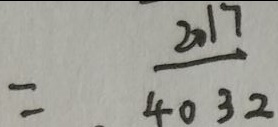
= \frac { 2 0 1 7 } { 4 0 3 2 }